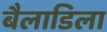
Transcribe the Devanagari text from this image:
बैलाडिला